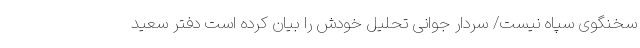
سخنگوی سپاه نیست/ سردار جوانی تحلیل خودش را بیان کرده است دفتر سعید